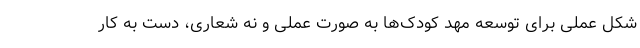
شکل عملی برای توسعه مهد کودک‌ها به صورت عملی و نه شعاری، دست به کار